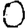
Digit: 0